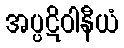
အပ္ပဋိဝါနီယံ